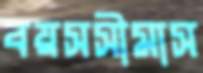
বয়সসীমাস